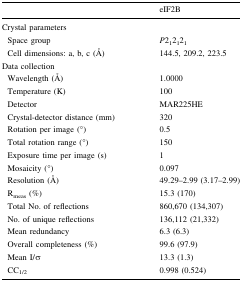
|  | eIF2B |
 | --- | --- |
 | <COLSPAN=2> Crystal parameters |
 | Space group | P212121 |
 | Cell dimensions: a, b, c (Å) | 144.5, 209.2, 223.5 |
 | <COLSPAN=2> Data collection |
 | Wavelength (Å) | 1.0000 |
 | Temperature (K) | 100 |
 | Detector | MAR225HE |
 | Crystal-detector distance (mm) | 320 |
 | Rotation per image (°) | 0.5 |
 | Total rotation range (°) | 150 |
 | Exposure time per image (s) | 1 |
 | Mosaicity (°) | 0.097 |
 | Resolution (Å) | 49.29–2.99 (3.17–2.99) |
 | Rmeas (%) | 15.3 (170) |
 | Total No. of reflections | 860,670 (134,307) |
 | No. of unique reflections | 136,112 (21,332) |
 | Mean redundancy | 6.3 (6.3) |
 | Overall completeness (%) | 99.6 (97.9) |
 | Mean I/σ | 13.3 (1.3) |
 | CC1/2 | 0.998 (0.524) |